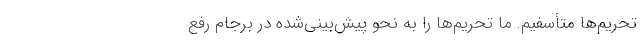
تحریم‌ها متأسفیم. ما تحریم‌ها را به نحو پیش‌بینی‌شده در برجام رفع